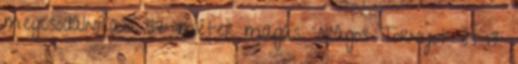
megcsodálni az 57 méter magas Virágos Tornyot és 17